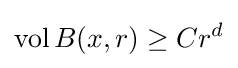
\operatorname {vol} B(x,r)\geq Cr^{d}